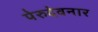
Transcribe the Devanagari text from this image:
पेरुदेवनार